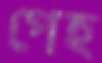
পেহ